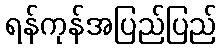
ရန်ကုန်အပြည်ပြည်